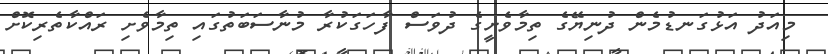
މިއަދު އަޅުގަނޑުމެން ދުނިޔޭގެ ތިމާވެށީގެ ދުވަސް ފާހަގަކުރާ މުނާސަބަތުގައި ތިމާވެށި ރައްކާތެރިކޮށް